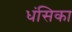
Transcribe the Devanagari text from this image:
धंसिका